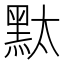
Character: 𪐥